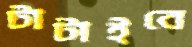
টাটাইবে